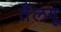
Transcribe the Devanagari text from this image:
तैलगू